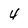
Character: 4